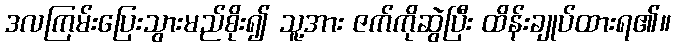
ဒလကြမ်းပြေးသွားမည်စိုး၍ သူ့အား ဇက်ကိုဆွဲပြီး ထိန်းချုပ်ထားရ၏။